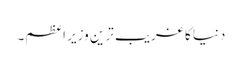
دنیا کا غریب ترین وزیر اعظم۔